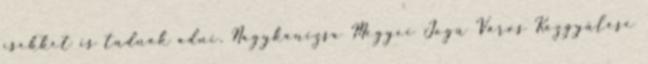
csekket is tudnak adni. Nagykanizsa Megyei Jogú Város Közgyűlése